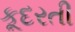
કૂદરતી